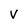
Character: V